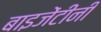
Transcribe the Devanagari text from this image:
बाइजेंटीनी